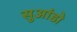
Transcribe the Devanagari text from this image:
सुआंडो